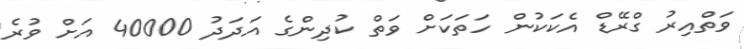
ވަތްއިރު ގްރޭޑް އެކަކުން ހަތަކަށް ވަތް ކުދިންގެ އަދަދު 40000 އަށް ވުރެ